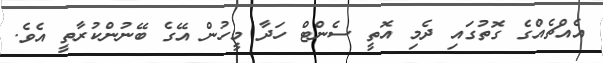
އެއްޗެއްގެ ގޮތުގައި ދެމި އޮތީ ސެންޓް ހަދާ މީހުން އޭގެ ބޭނުންކުރާތީ އެވެ.